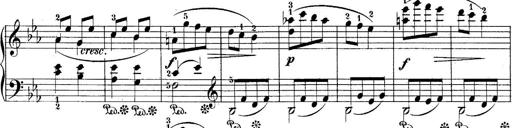
Title: 10 Sonatines progressives
Composer: Anton Schmoll